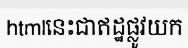
htmlនេះជាឥដ្ឋផ្លូវយក